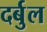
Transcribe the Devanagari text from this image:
दर्बुल